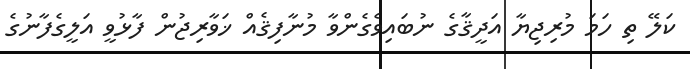
ކަލޭ ތި ހަަމަ މުރިޖިޔާ އަދީޤާގެ ނުބައިވެގެންވާ މުނާފިޤެއް ޚަވާރިޖުން ފާޅުވީ އަލީގެފާނުގެ